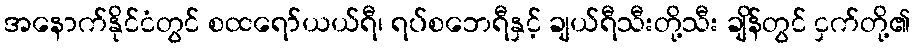
အနောက်နိုင်ငံတွင် စထရော်ယယ်ရီ၊ ရပ်စဘေရီနှင့် ချယ်ရီသီးတို့သီး ချိန်တွင် ငှက်တို့၏